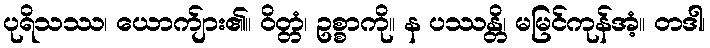
ပုရိသဿ၊ ယောက်ျား၏။ ဝိတ္တံ၊ ဥစ္စာကို။ န ပဿန္တိ၊ မမြင်ကုန်အံ့။ တဒါ၊